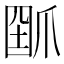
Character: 𤔗